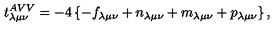
t _ { \lambda \mu \nu } ^ { A V V } = - 4 \left\{ - f _ { \lambda \mu \nu } + n _ { \lambda \mu \nu } + m _ { \lambda \mu \nu } + p _ { \lambda \mu \nu } \right\} ,